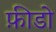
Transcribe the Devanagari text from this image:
फ़ीडो